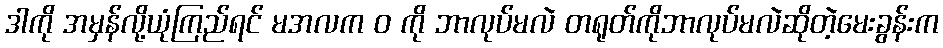
ဒါကို အမှန်လို့ယုံကြည်ရင် မအလက ဝ ကို ဘာလုပ်မလဲ တရုတ်ကိုဘာလုပ်မလဲဆိုတဲ့မေးခွန်းက